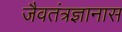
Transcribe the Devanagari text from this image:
जैवतंत्रज्ञानास